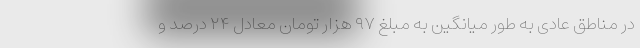
در مناطق عادی به طور میانگین به مبلغ ۹۷ هزار تومان معادل ۲۴ درصد و